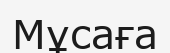
Мұсаға